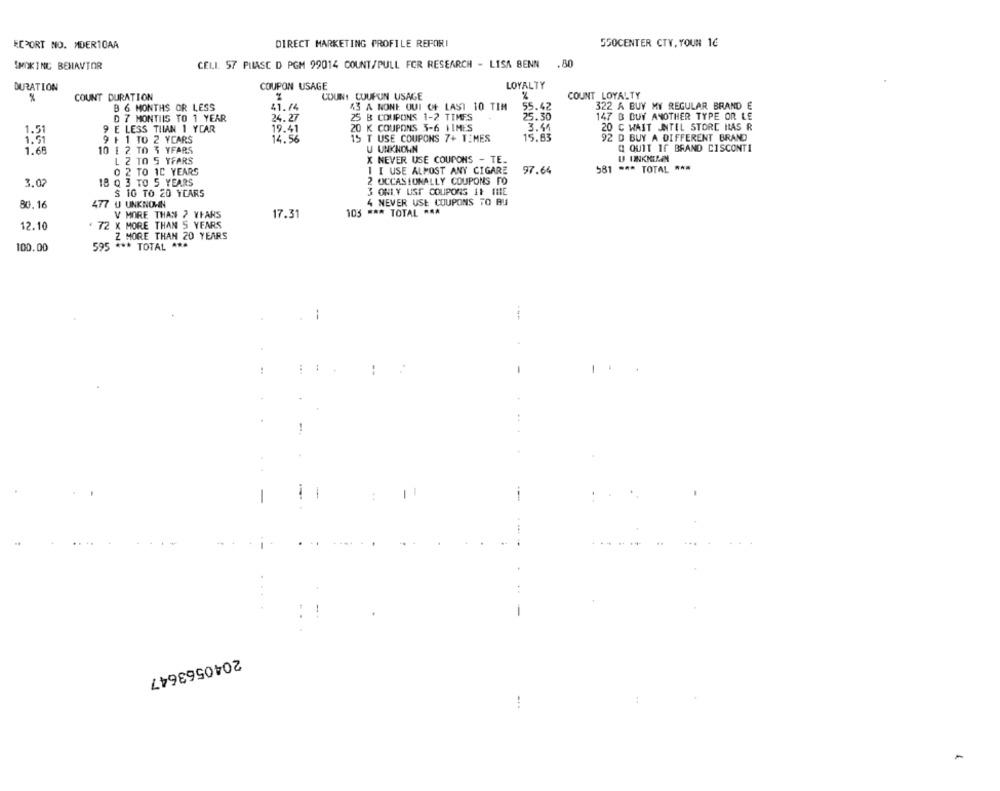
ECPORT NO. MDER10AA
DIRECT MARKETING PROFILE REFORI
550CENTER CTY, YOUN 16
CELL 57 PILASC D PGM 99014 COUNT/PULL FOR RESEARCH - LISA BENN .80
SMOKING BEHAVIOR
DURATION
COUPON USAGE
LOYALTY
COUNT DURATION
COUNT COUPUN USAGE
%
COUNT_LOYALTY
%
B 6 MONTHS OR LESS
41.74
43 A NONE QUI OF LAST 10 TIM
55.42
322 A BUY MY REGULAR BRAND E
D 7 MONTIIS TO 1 YEAR
24.27
25 B COUPONS 1-2 TIMES
25.30
147 B BUY ANOTHER TYPE OR LE
9 E LESS TIIAN 1 YEAR
19.41
20 K COUPONS 3-6 TIMES
20 C WAIT JNTEL STORE HAS R
1.44
9 F 1 TO 2 YEARS
14.56
15 T USE COUPONS 7+ TIMES
15.83
92 D BUY A DIFFERENT BRAND
1.69
10 1 2 TO 3 YFARS
U UNKNOWN
Q QUIT If BRAND CISCONTI
X NEVER USE COUPONS - TE.
U UNKKILEN
L 2 TO 5 YFARS
0 2 TO IC YEARS
1 I USE ALMOST ANY CIGARE
97.64
581 *** TOTAL ***
3.02
18 Q 3 TO 5 YEARS
2 OCCASIONALLY COUPONS TO
S 10 TO 20 YEARS
3 ONLY UST COUPONS IF (ME
80.16
477 U UNKNOWN
4 NEVER USE COUPONS TO AU
V MORE THAN 2 YEARS
17.31
103
# ** TOTAL ***
12.10
€ 72 X MORE THAN 5 YEARS
Z MORE THAN 20 YEARS
595 *** TOTAL ***
100.00
-
---
. .
-
:
-
2040563647
!
-